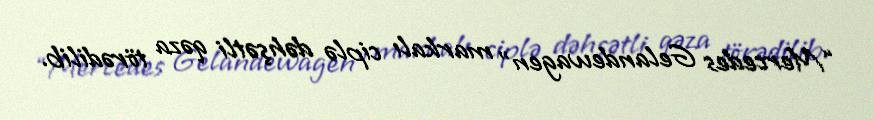
“Mercedes Gelandewagen” markalı ciplə dəhşətli qəza törədilib.